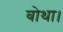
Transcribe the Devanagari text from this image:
बोथा।